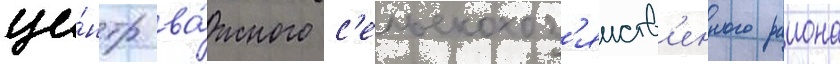
це́нтр ва́жного с'ельскохоз'яиств'енного раиона